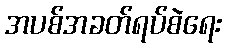
အပစ်အခတ်ရပ်စဲရေး